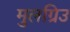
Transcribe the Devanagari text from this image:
मुलग्रिउ